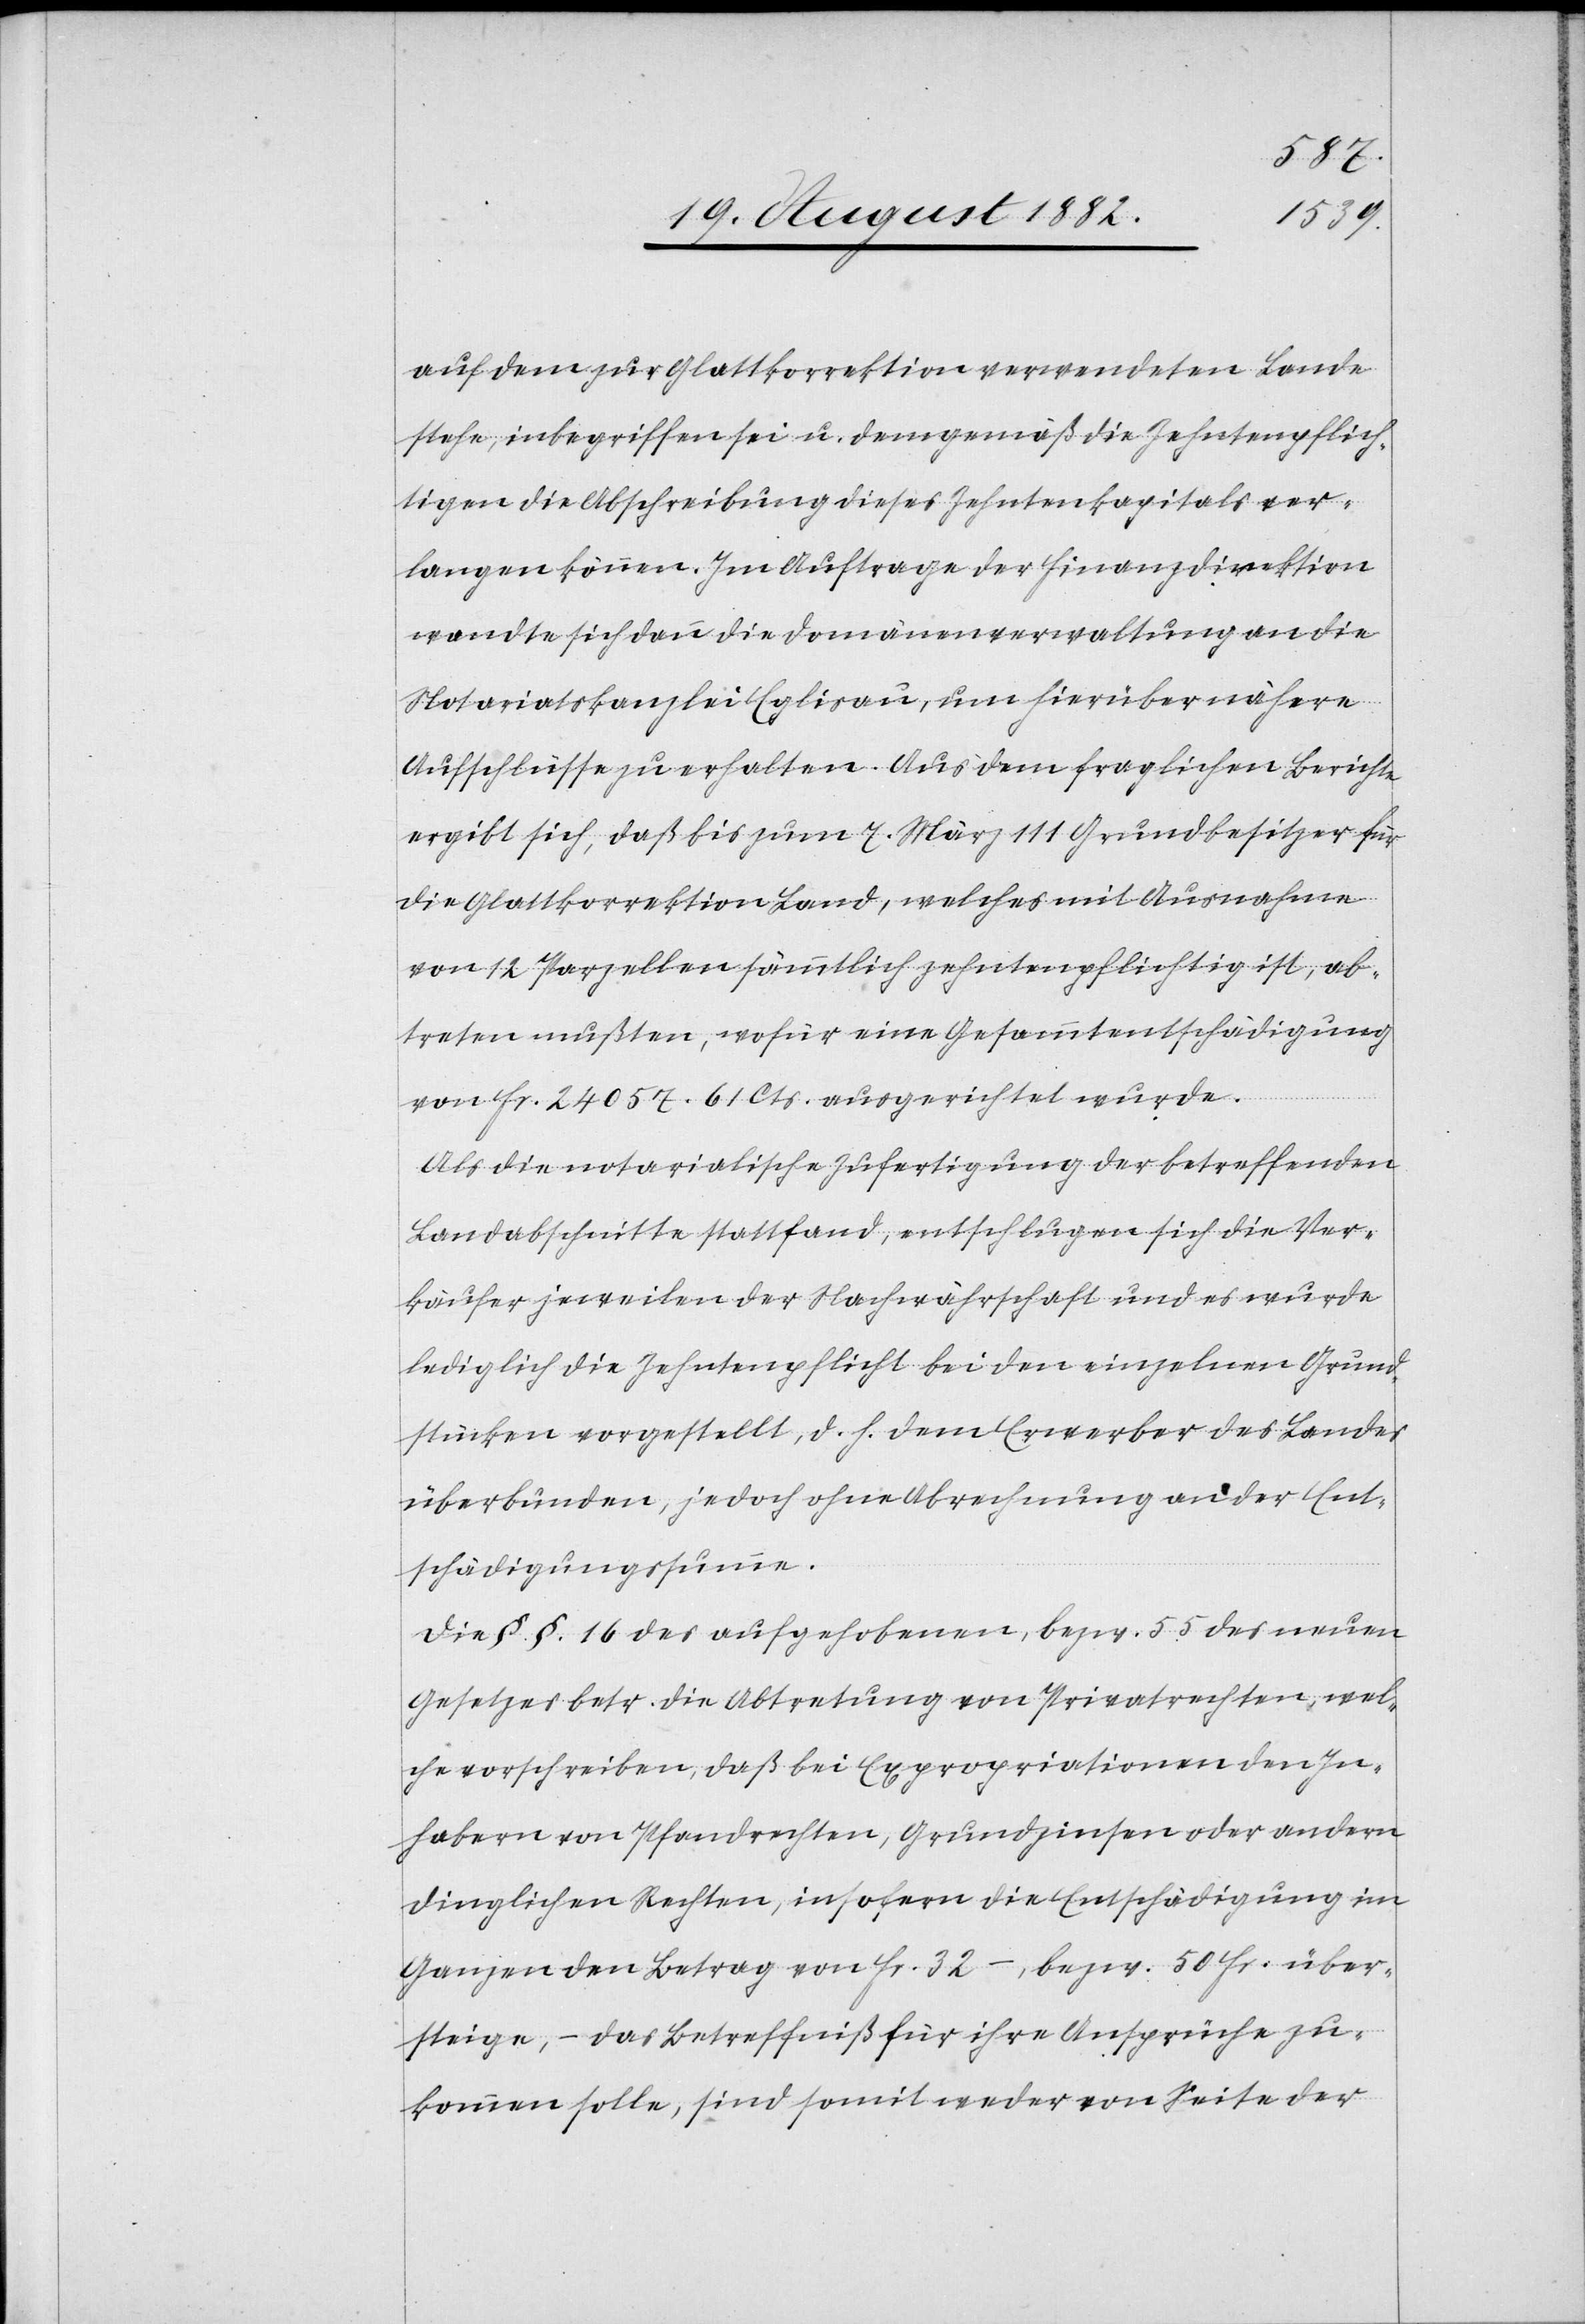
auf dem zur Glattkorrektion verwendeten Lande
stehe, inbegriffen sei u. demgemäß die Zehntenpflich¬
tigen die Abschreibung dieses Zehntenkapitals ver¬
langen können. Im Auftrage der Finanzdirektion
wandte sich dann die Domänenverwaltung an die
Notariatskanzlei Eglisau, um hierüber nähere
Aufschlüsse zu erhalten. Aus dem fraglichen Berichte
ergibt sich, daß bis zum 7. März 111 Grundbesitzer für
die Glattkorrektion Land, welches mit Ausnahme
von 12 Parzellen sämmtlich zehntenpflicht ist, ab¬
treten mußten, wofür eine Gesammtentschädigung
von Fr. 2450. 61 Cts. ausgerichtet wurde.
Als die notarialische Zufertigung der betreffenden
Landabschnitte stattfand, entschlugen sich die Ver¬
käufer jeweilen der Nachwährschaft und es wurde
lediglich die Zehntenpflicht bei den einzelnen Grund¬
stücken vorgestellt, d. h. dem Erwerber des Landes
überbunden, jedoch ohne Abrechnung an der Ent¬
schädigungssumme.
Die §. §. 16 des aufgehobenen, bezw. 55 des neuen
Gesetzes betr. die Abtretung von Privatrechten, wel¬
che vorschreiben, daß bei Expropriationen den In¬
habern von Pfandrechten, Grundzinsen oder andern
dinglichen Rechten, insofern die Entschädigung im
Ganzen den Betrag von Fr. 32 –, bezw. 50 Fr. über¬
steige, – das Betreffniß für ihre Ansprüche zu¬
kommen solle, sind somit weder von Seite der